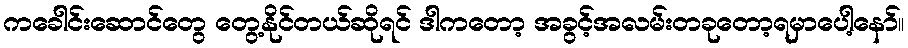
ကခေါင်းဆောင်တွေ တွေ့နိုင်တယ်ဆိုရင် ဒါကတော့ အခွင့်အလမ်းတခုတော့ရမှာပေါ့နော်။